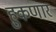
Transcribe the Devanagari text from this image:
हुकणार